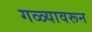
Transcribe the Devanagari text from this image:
गळ्यावरून